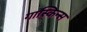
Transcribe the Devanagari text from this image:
गास्किन्स